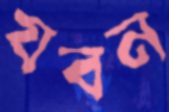
যবন